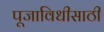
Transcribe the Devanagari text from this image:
पूजाविधीसाठी